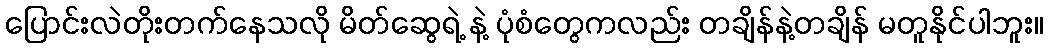
ပြောင်းလဲတိုးတက်နေသလို မိတ်ဆွေရဲ့ နဲ့ ပုံစံတွေကလည်း တချိန်နဲ့တချိန် မတူနိုင်ပါဘူး။